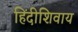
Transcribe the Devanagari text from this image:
हिंदीशिवाय